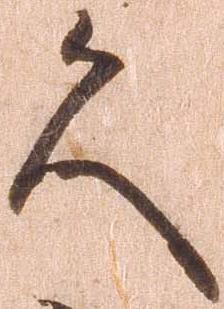
久